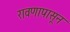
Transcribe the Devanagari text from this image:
रावणापासून